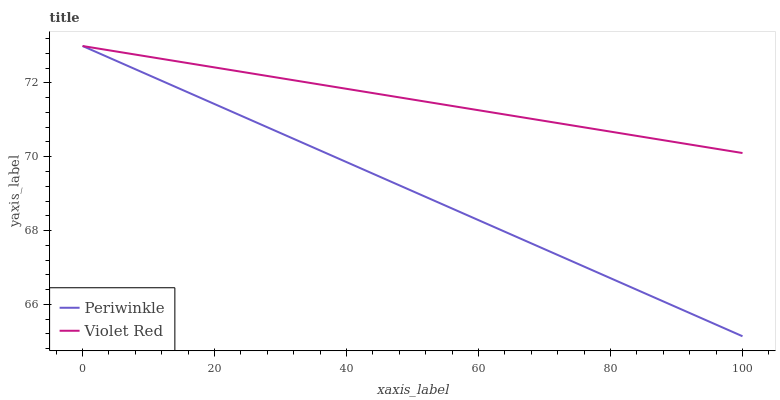
| xaxis_label | Periwinkle | Violet Red |
 | --- | --- | --- |
 | 0 | 73 | 73 |
 | 6.67 | 72.5 | 72.8 |
 | 13.3 | 72 | 72.6 |
 | 20 | 71.4 | 72.4 |
 | 26.7 | 70.9 | 72.2 |
 | 33.3 | 70.4 | 72 |
 | 40 | 69.9 | 71.8 |
 | 46.7 | 69.3 | 71.6 |
 | 53.3 | 68.8 | 71.5 |
 | 60 | 68.3 | 71.3 |
 | 66.7 | 67.8 | 71.1 |
 | 73.3 | 67.2 | 70.9 |
 | 80 | 66.7 | 70.7 |
 | 86.7 | 66.2 | 70.5 |
 | 93.3 | 65.7 | 70.3 |
 | 100 | 65.1 | 70.1 |